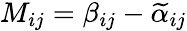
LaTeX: M_{ij}=\beta_{ij}-\widetilde{\alpha}_{ij}